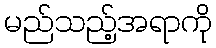
မည်သည့်အရာကို